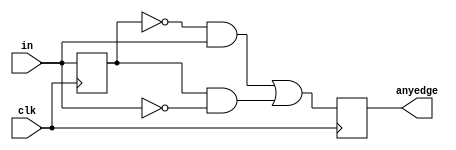
module top_module (
    input clk,
    input [7:0] in,
    output [7:0] anyedge
);
    reg [7:0]intermediate;
    always @ (posedge clk) begin
        intermediate <= in;
        anyedge <= (~intermediate) & in | intermediate & (~in);
    end
endmodule